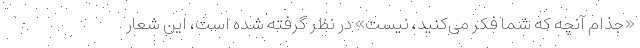
«جذام آنچه‌ که شما فکر می‌کنید، نیست» در نظر گرفته شده است، این شعار